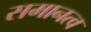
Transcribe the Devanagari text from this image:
समानत्व